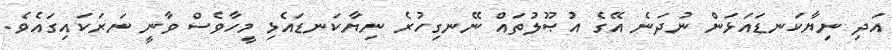
އަދި ނިޔާކަނޑައަޅަން ނުދަނެ އޭގެ އުޞޫލުތައް ނޭނގިހުރެ ނިޔާކަނޑައެޅި މީހާވެސް ވާނީ ނަރަކައިގައެވެ.